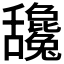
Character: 𦧻